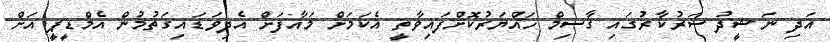
އަދި ނަޝީދު ސަރުކާރުގައި ގާސިމް ހައްޔަރުކޮށްފައިވާތީ އެކަމަށް މައާފަށް އެދިވަޑައިގަތުމުން އެމްޑީޕީ އަށް